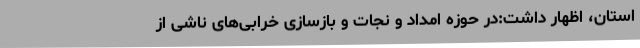
استان، اظهار داشت:در حوزه امداد و نجات و بازسازی خرابی‌های ناشی از